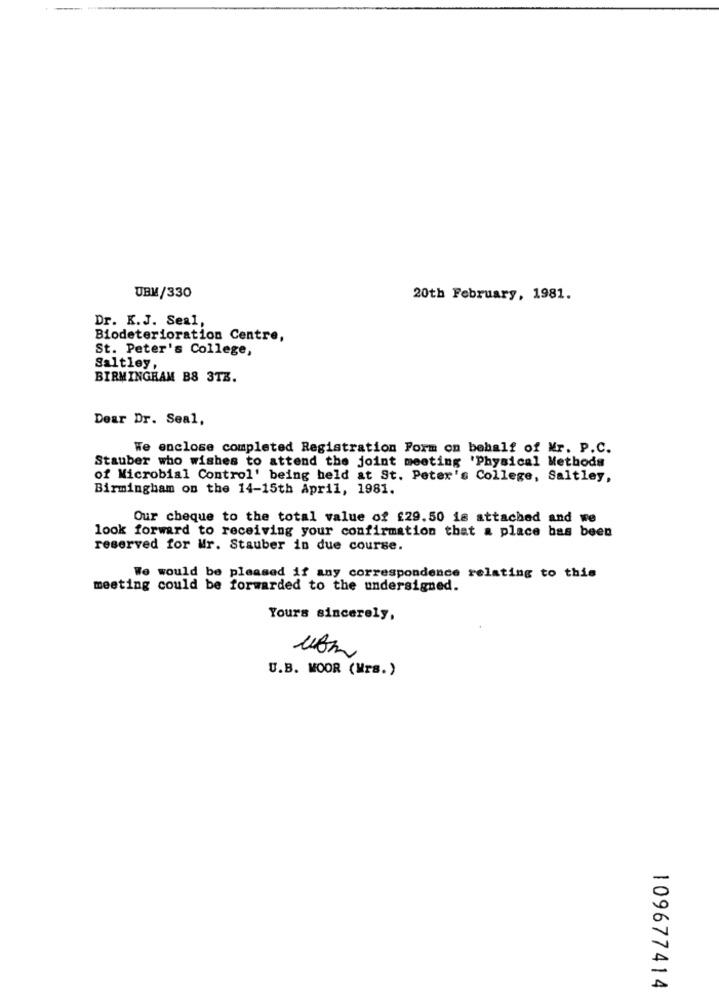
UBM/330
20th February, 1981.
Dr. K.J. Seal,
Biodeterioration Centre,
St. Peter's College,
Saltley ,
BIRMINGHAM BS 3TZ.
Dear Dr. Seal,
We enclose completed Registration Form on behalf of Mr. P.C.
Stauber who wishes to attend the joint meeting 'Physical Methods
of Microbial Control' being held at St. Peter's College, Saltley,
Birmingham on the 14-15th April, 1981.
Our cheque to the total value of £29.50 is attached and we
look forward to receiving your confirmation that a place has been
reserved for Mr. Stauber in due course.
We would be pleased if any correspondence relating to this
meeting could be forwarded to the undersigned.
Yours sincerely,
U.B. MOOR (Mrs.)
109677414